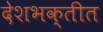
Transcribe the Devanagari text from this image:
देशभक्तीत